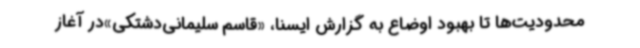
محدودیت‌ها تا بهبود اوضاع به گزارش ایسنا، «قاسم سلیمانی‌دشتکی»در آغاز